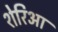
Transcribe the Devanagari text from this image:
शेरिआ